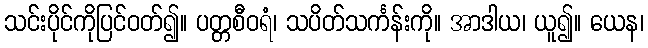
သင်းပိုင်ကိုပြင်ဝတ်၍။ ပတ္တစီဝရံ၊ သပိတ်သင်္ကန်းကို။ အာဒါယ၊ ယူ၍။ ယေန၊